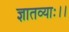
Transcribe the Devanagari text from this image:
ज्ञातव्याः।।